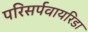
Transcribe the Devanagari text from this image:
परिसर्पवायरिडा